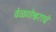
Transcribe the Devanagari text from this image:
वेळणेश्वराचे